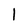
Character: l